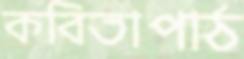
কবিতাপাঠ